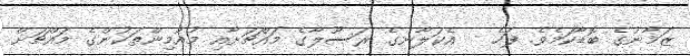
ޒަމާނުގެ ބޮޑާކަމެވެ. ފަހެ   އެކަލާނގެ ރަސޫލާގެ މައްޗަށާއި މުއުމިންތަކުންގެ މައްޗަށް